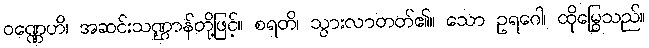
ဝဏ္ဏေဟိ၊ အဆင်းသဏ္ဌာန်တို့ဖြင့်။ စရတိ၊ သွားလာတတ်၏။ သော ဥရဂေါ၊ ထိုမြွေသည်။